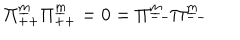
\Pi _ { + + } ^ { \underline { { m } } } \Pi _ { + + } ^ { \underline { { m } } } = 0 = \Pi _ { -- } ^ { \underline { { m } } } \Pi _ { -- } ^ { \underline { { m } } }